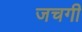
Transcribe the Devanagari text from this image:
जचगी